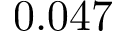
0 . 0 4 7